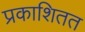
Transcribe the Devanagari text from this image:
प्रकाशितत